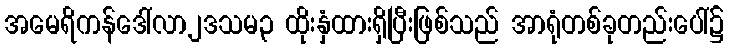
အမေရိကန်ဒေါ်လာ၂ဒသမ၃ ထိုးနှံထားရှိပြီးဖြစ်သည် အာရုံတစ်ခုတည်းပေါ်၌